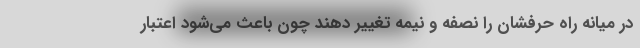
در میانه راه حرفشان را نصفه و نیمه تغییر دهند چون باعث می‌شود اعتبار